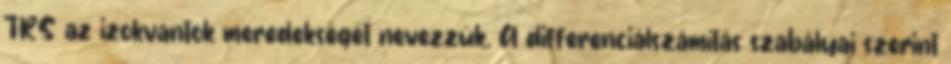
TRS az izokvantok meredekségét nevezzük. A differenciálszámítás szabályai szerint